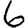
Digit: 6